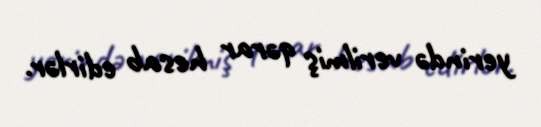
yerində verilmiş qərar hesab edirlər.